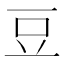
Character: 豆